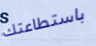
باستطاعتك